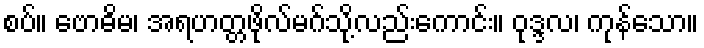
စပ်။ ဗောဓိမ၊ အရဟတ္တဖိုလ်မဂ်သို့လည်းကောင်း။ ဝုဒ္ဒလ၊ ကုန်သော။